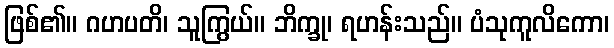
ဖြစ်၏။ ဂဟပတိ၊ သူကြွယ်။ ဘိက္ခု၊ ရဟန်းသည်။ ပံသုကူလိကော၊